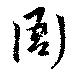
衙